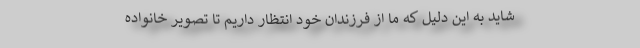
شاید به این دلیل که ما از فرزندان خود انتظار داریم تا تصویر خانواده